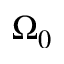
\Omega _ { 0 }